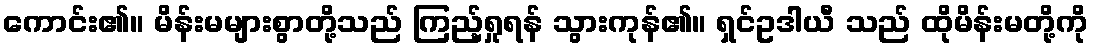
ကောင်း၏။ မိန်းမများစွာတို့သည် ကြည့်ရှုရန် သွားကုန်၏။ ရှင်ဥဒါယီ သည် ထိုမိန်းမတို့ကို